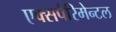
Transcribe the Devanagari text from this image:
एक्सपैरिमेन्टल